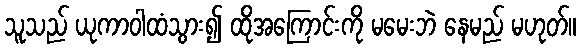
သူသည် ယုကာဝါထံသွား၍ ထိုအကြောင်းကို မမေးဘဲ နေမည် မဟုတ်။